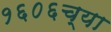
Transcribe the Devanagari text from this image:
१६०६च्या